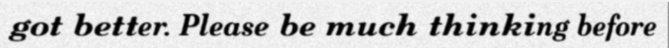
got better. Please be much thinking before